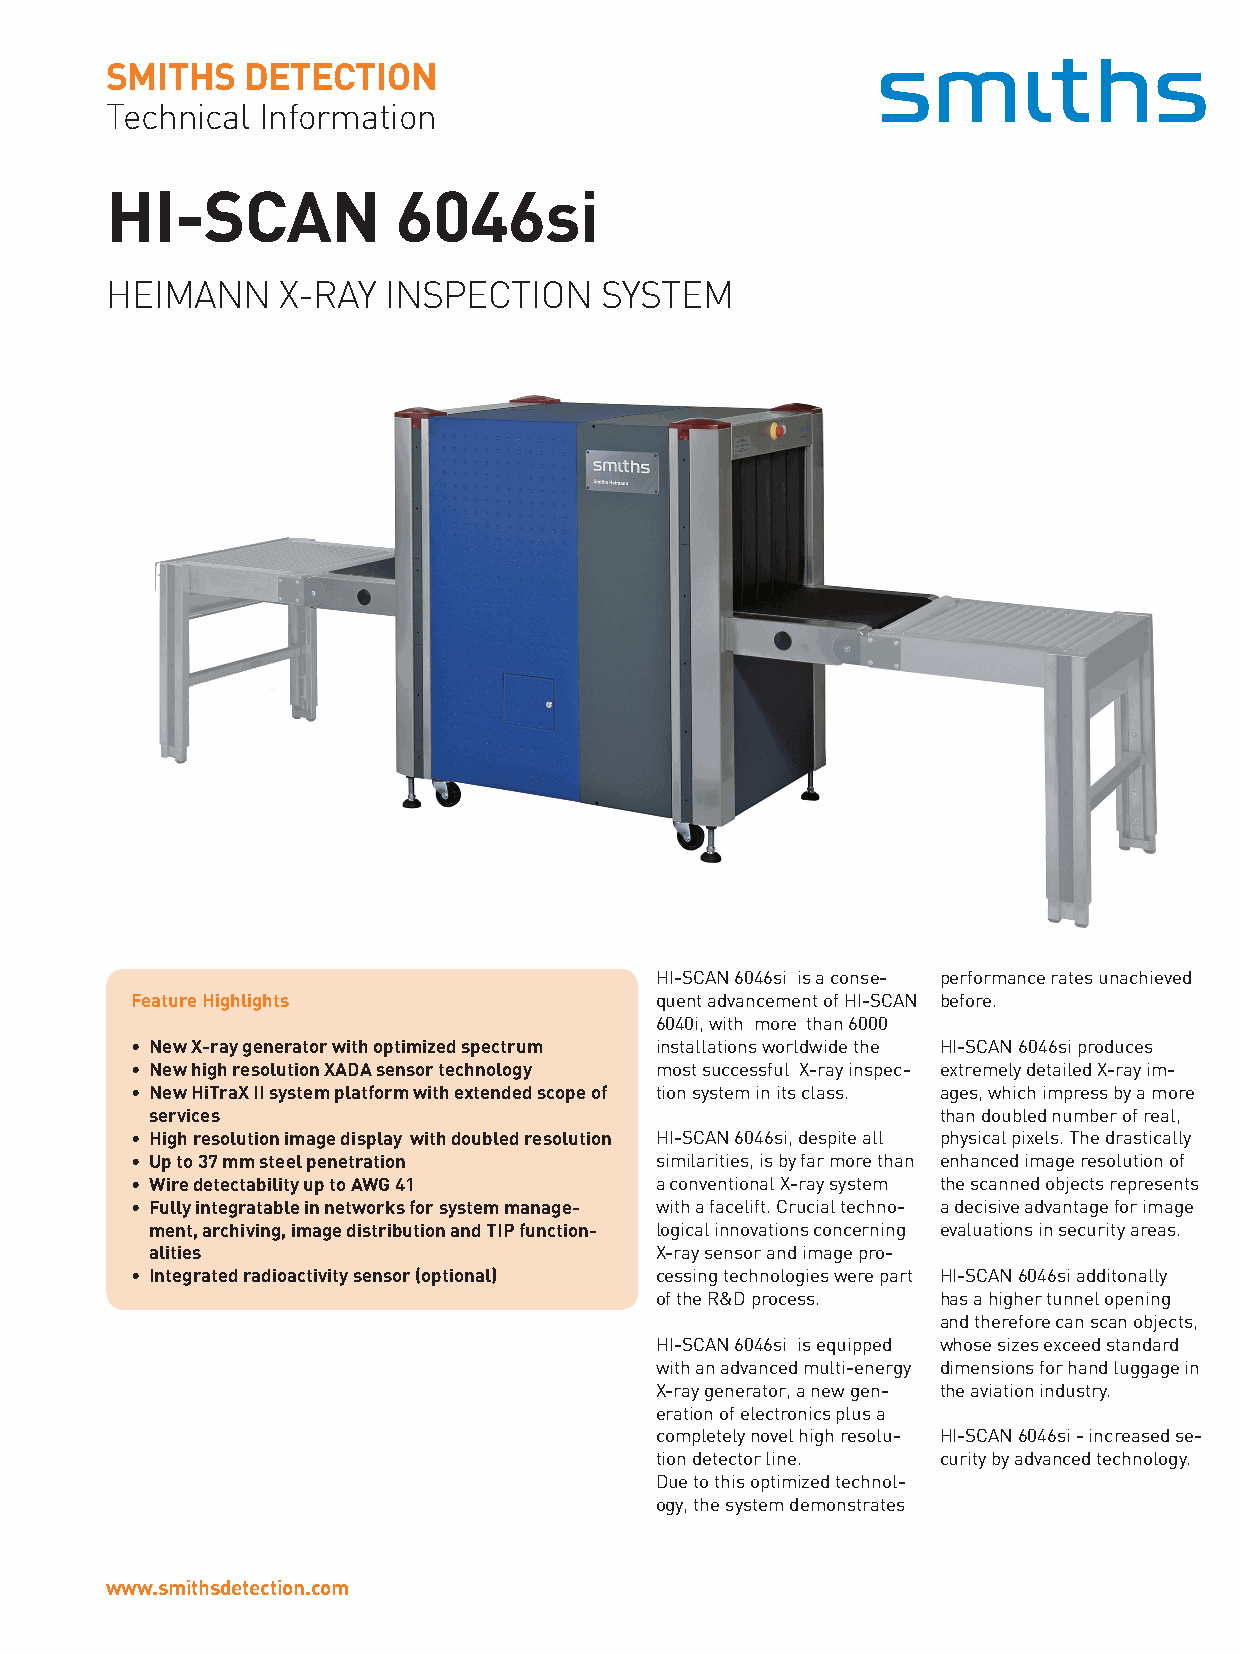
SMITHS   DETECTION
 Technical Information
 HI-SCAN            6046si
 HEIMANN    X-RAY   INSPECTION    SYSTEM
 HI-SCAN 6046si is a conse- performance rates unachieved
 Feature Highlights                quent advancement of HI-SCAN before.
 6040i, with more than 6000
 • New X-ray generator with optimized spectrum installations worldwide the HI-SCAN 6046si produces
 • New high resolution XADA sensor technology most successful X-ray inspec- extremely detailed X-ray im-
 • New HiTraX II system platform with extended scope of tion system in its class. ages, which impress by a more
 services                                            than doubled number of real,
 • High resolution image display with doubled resolution HI-SCAN 6046si, despite all physical pixels. The drastically
 • Up to 37 mm steel penetration   similarities, is by far more than enhanced image resolution of
 • Wire detectability up to AWG 41 a conventional X-ray system the scanned objects represents
 • Fully integratable in networks for system manage- with a facelift. Crucial techno- a decisive advantage for image
 ment, archiving, image distribution and TIP function- logical innovations concerning evaluations in security areas.
 alities                          X-ray sensor and image pro-
 • Integrated radioactivity sensor (optional) cessing technologies were part HI-SCAN 6046si additonally
 of the R&D process. has a higher tunnel opening
 and therefore can scan objects,
 HI-SCAN 6046si is equipped whose sizes exceed standard
 with an advanced multi-energy dimensions for hand luggage in
 X-ray generator, a new gen- the aviation industry.
 eration of electronics plus a
 completely novel high resolu- HI-SCAN 6046si - increased se-
 tion detector line. curity by advanced technology.
 Due to this optimized technol-
 ogy, the system demonstrates
 www.smithsdetection.com